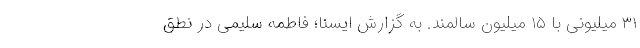
۳۱ میلیونی با ۱۵ میلیون سالمند. به گزارش ایسنا؛ فاطمه سلیمی در نطق